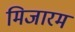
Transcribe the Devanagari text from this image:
मिजारम